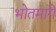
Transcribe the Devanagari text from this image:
भोतमांगे